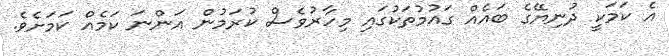
އެ ކަމަކީ ދުނިޔޭގެ ބައެއް ގައުމުތަކުގައި މިހާރުވެސް ކުރަމުން އަންނަ ކަމެއް ކަމަށެވެ.